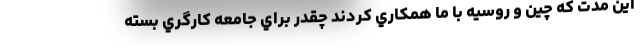
اين مدت كه چين و روسيه با ما همكاري كردند چقدر براي جامعه كارگري بسته